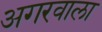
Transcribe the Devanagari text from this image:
अगरवाला